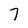
Character: 7